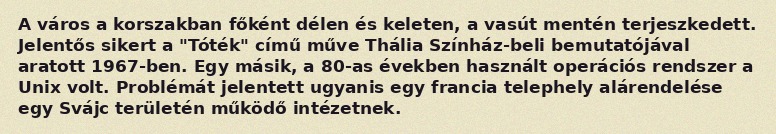
A város a korszakban főként délen és keleten, a vasút mentén terjeszkedett. Jelentős sikert a "Tóték" című műve Thália Színház-beli bemutatójával aratott 1967-ben. Egy másik, a 80-as években használt operációs rendszer a Unix volt. Problémát jelentett ugyanis egy francia telephely alárendelése egy Svájc területén működő intézetnek.